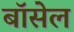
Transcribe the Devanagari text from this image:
बॉसेल